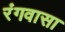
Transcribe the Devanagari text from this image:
रंगवासा